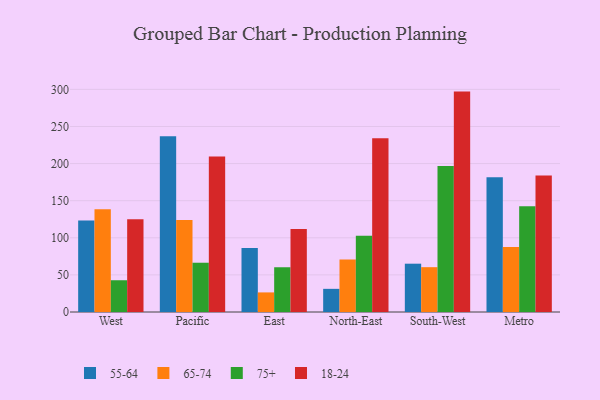
{"axis": {"x": "Region", "y": "Humidity (%)"}, "legend": ["18-24", "55-64", "65-74", "75+"], "data": [{"x": "West", "y": 123.2, "type": "55-64"}, {"x": "West", "y": 138.6, "type": "65-74"}, {"x": "West", "y": 42.8, "type": "75+"}, {"x": "West", "y": 125.1, "type": "18-24"}, {"x": "Pacific", "y": 236.8, "type": "55-64"}, {"x": "Pacific", "y": 123.9, "type": "65-74"}, {"x": "Pacific", "y": 66.4, "type": "75+"}, {"x": "Pacific", "y": 209.7, "type": "18-24"}, {"x": "East", "y": 86.1, "type": "55-64"}, {"x": "East", "y": 26.4, "type": "65-74"}, {"x": "East", "y": 60.3, "type": "75+"}, {"x": "East", "y": 111.7, "type": "18-24"}, {"x": "North-East", "y": 31.2, "type": "55-64"}, {"x": "North-East", "y": 70.8, "type": "65-74"}, {"x": "North-East", "y": 102.8, "type": "75+"}, {"x": "North-East", "y": 234.1, "type": "18-24"}, {"x": "South-West", "y": 65.1, "type": "55-64"}, {"x": "South-West", "y": 60.4, "type": "65-74"}, {"x": "South-West", "y": 196.8, "type": "75+"}, {"x": "South-West", "y": 297.0, "type": "18-24"}, {"x": "Metro", "y": 181.6, "type": "55-64"}, {"x": "Metro", "y": 87.5, "type": "65-74"}, {"x": "Metro", "y": 142.4, "type": "75+"}, {"x": "Metro", "y": 184.0, "type": "18-24"}]}